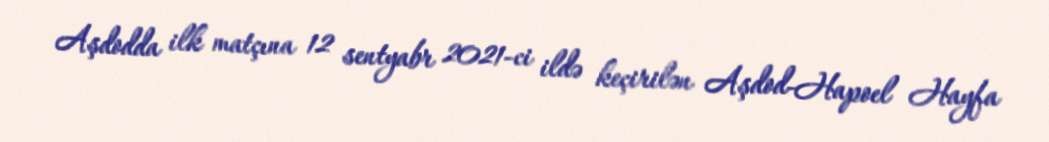
Aşdodda ilk matçına 12 sentyabr 2021-ci ildə keçirilən Aşdod-Hapoel Hayfa